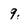
Character: 9